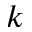
k